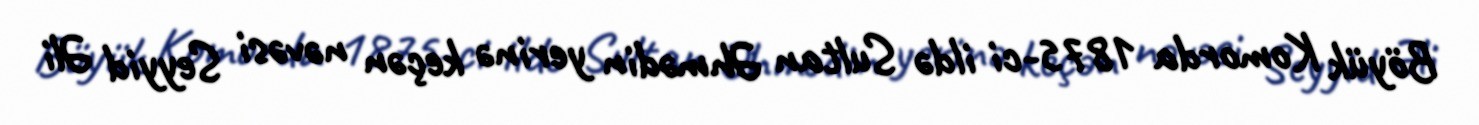
Böyük Komorda 1875-ci ildə Sultan Əhmədin yerinə keçən nəvəsi Seyyid Əli